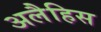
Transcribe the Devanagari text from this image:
अलैहिस